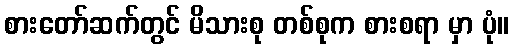
စားတော်ဆက်တွင် မိသားစု တစ်စုက စားစရာ မှာ ပုံ။